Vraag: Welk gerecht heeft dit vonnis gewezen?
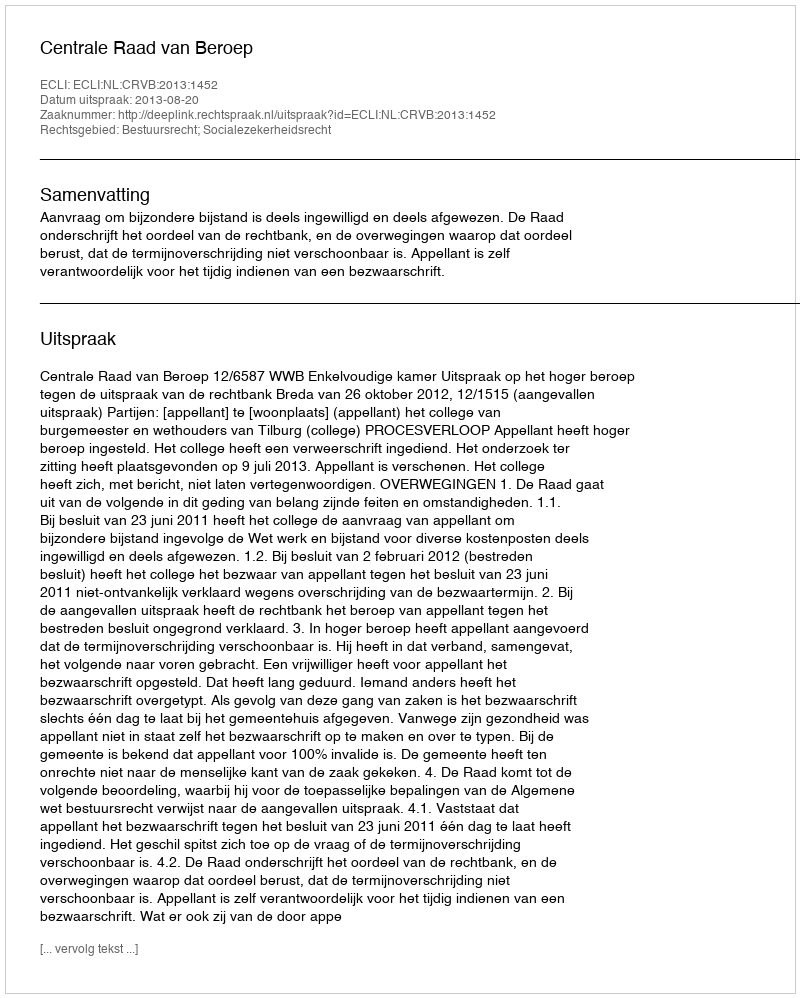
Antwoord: Centrale Raad van Beroep